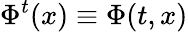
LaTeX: \Phi^{t}(x)\equiv\Phi(t,x)